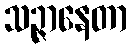
သဉ္ဇာနေတာ